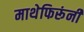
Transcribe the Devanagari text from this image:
माथेफिरूंनी